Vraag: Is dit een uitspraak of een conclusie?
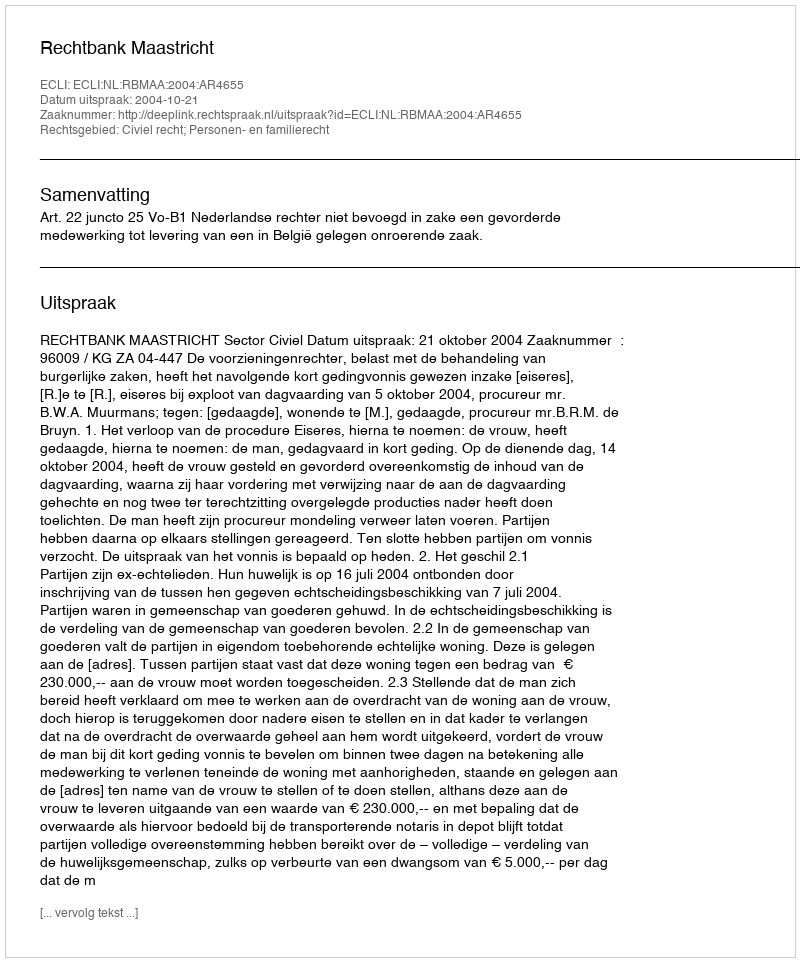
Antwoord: Uitspraak